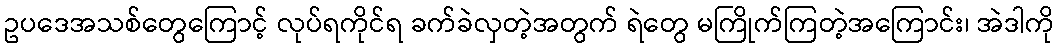
ဥပဒေအသစ်တွေကြောင့် လုပ်ရကိုင်ရ ခက်ခဲလှတဲ့အတွက် ရဲတွေ မကြိုက်ကြတဲ့အကြောင်း၊ အဲဒါကို